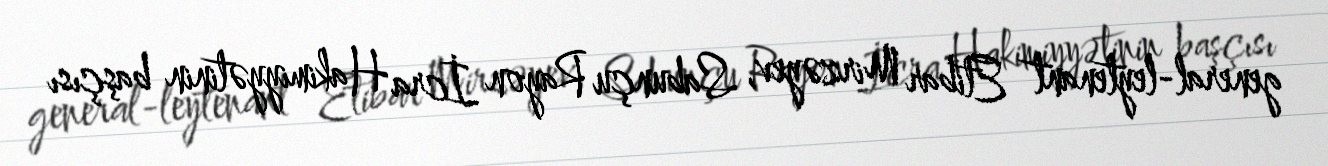
general-leytenant Etibar Mirzəyev, Sabunçu Rayon İcra Hakimiyyətinin başçısı